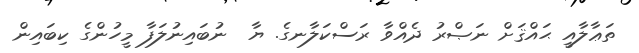
ތަޢާލާއީ ޙައްޤަށް ނަޞްރު ދެއްވާ ރަސްކަލާނގެ. ޔާ  ނުބައިނުލަފާ މީހުންގެ ކިބައިން